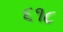
૬૧૮